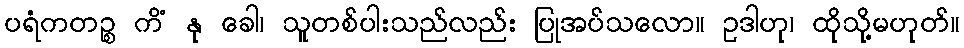
ပရံကတဉ္စ ကိံ နု ခေါ၊ သူတစ်ပါးသည်လည်း ပြုအပ်သလော။ ဥဒါဟု၊ ထိုသို့မဟုတ်။